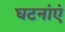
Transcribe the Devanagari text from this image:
घटनांएं